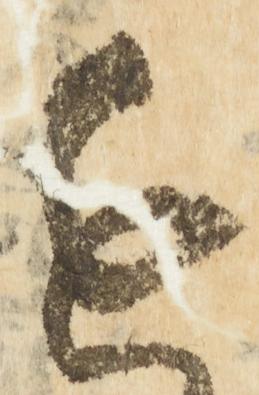
進